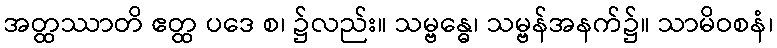
အတ္ထဿာတိ ဧတ္ထ ပဒေ စ၊ ၌လည်း။ သမ္ဗန္ဓေ၊ သမ္ဗန်အနက်၌။ သာမိဝစနံ၊